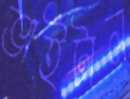
ভাইটাল